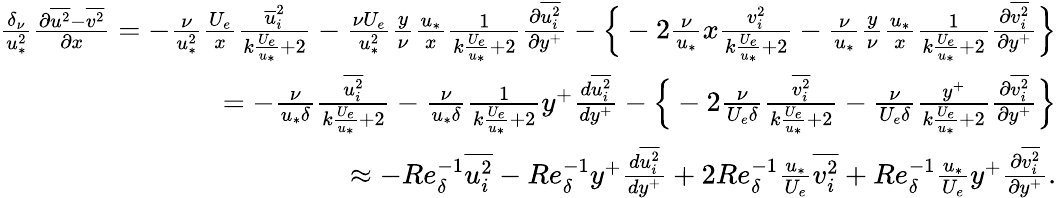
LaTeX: \begin{array}{r}{\frac{\delta_{\nu}}{u_{*}^{2}}\frac{\partial\overline{{u^{2}}}-\overline{{v^{2}}}}{\partial x}=-\frac{\nu}{u_{*}^{2}}\frac{U_{e}}{x}\frac{\overline{u}_{i}^{2}}{k\frac{U_{e}}{u_{*}}+2}-\frac{\nu U_{e}}{u_{*}^{2}}\frac{y}{\nu}\frac{u_{*}}{x}\frac{1}{k\frac{U_{e}}{u_{*}}+2}\frac{\partial\overline{{u_{i}^{2}}}}{\partial y^{+}}-\Big\{ -2\frac{\nu}{u_{*}}{x}\frac{v_{i}^{2}}{k\frac{U_{e}}{u_{*}}+2}-\frac{\nu}{u_{*}}\frac{y}{\nu}\frac{u_{*}}{x}\frac{1}{k\frac{U_{e}}{u_{*}}+2}\frac{\partial\overline{{v_{i}^{2}}}}{\partial y^{+}}\Big\} }\\ {=-\frac{\nu}{u_{*}\delta}\frac{\overline{{u_{i}^{2}}}}{k\frac{U_{e}}{u_{*}}+2}-\frac{\nu}{u_{*}\delta}\frac{1}{k\frac{U_{e}}{u_{*}}+2}y^{+}\frac{d\overline{{u_{i}^{2}}}}{dy^{+}}-\Big\{ -2\frac{\nu}{U_{e}\delta}\frac{\overline{{v_{i}^{2}}}}{k\frac{U_{e}}{u_{*}}+2}-\frac{\nu}{U_{e}\delta}\frac{y^{+}}{k\frac{U_{e}}{u_{*}}+2}\frac{\partial\overline{{v_{i}^{2}}}}{\partial y^{+}}\Big\} }\\ {\approx-Re_{\delta}^{-1}\overline{{u_{i}^{2}}}-Re_{\delta}^{-1}y^{+}\frac{d\overline{{u_{i}^{2}}}}{dy^{+}}+2Re_{\delta}^{-1}\frac{u_{*}}{U_{e}}\overline{{v_{i}^{2}}}+Re_{\delta}^{-1}\frac{u_{*}}{U_{e}}y^{+}\frac{\partial\overline{{v_{i}^{2}}}}{\partial y^{+}}.}\end{array}